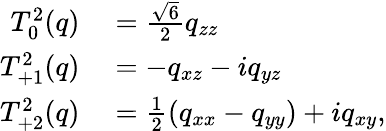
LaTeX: \begin{array}{rl}{T_{0}^{2}(q)}&{{}={\frac{\sqrt{6}}{2}}q_{zz}}\\ {T_{+1}^{2}(q)}&{{}=-q_{xz}-iq_{yz}}\\ {T_{+2}^{2}(q)}&{{}={\frac{1}{2}}(q_{xx}-q_{yy})+iq_{xy},}\end{array}